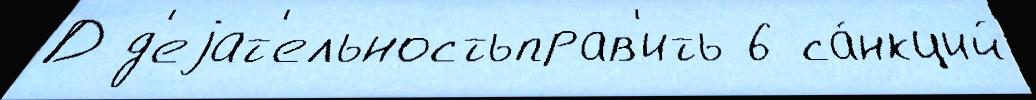
Д д'еjат'ельностьправ'ить 6 са́нкций